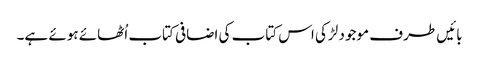
بائیں طرف موجود لڑکی اس کتاب کی اضافی کتاب اُٹھائے ہوئے ہے۔